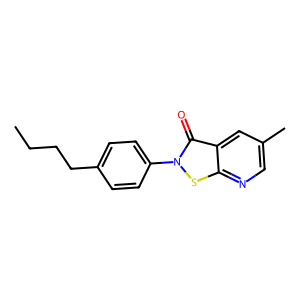
SMILES: CCCCc1ccc(-n2sc3ncc(C)cc3c2=O)cc1
Inhibits HIV replication: Yes